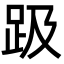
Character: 趿